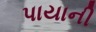
પાયાની